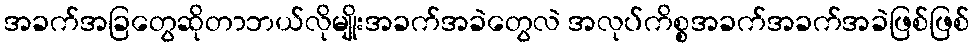
အခက်အခြတွေဆိုတာဘယ်လိုမျိုးအခက်အခဲတွေလဲ အလုပ်ကိစ္စအခက်အခက်အခဲဖြစ်ဖြစ်